Vaccination report Assam 1896-1927 - 1896-1927
Year: 1896
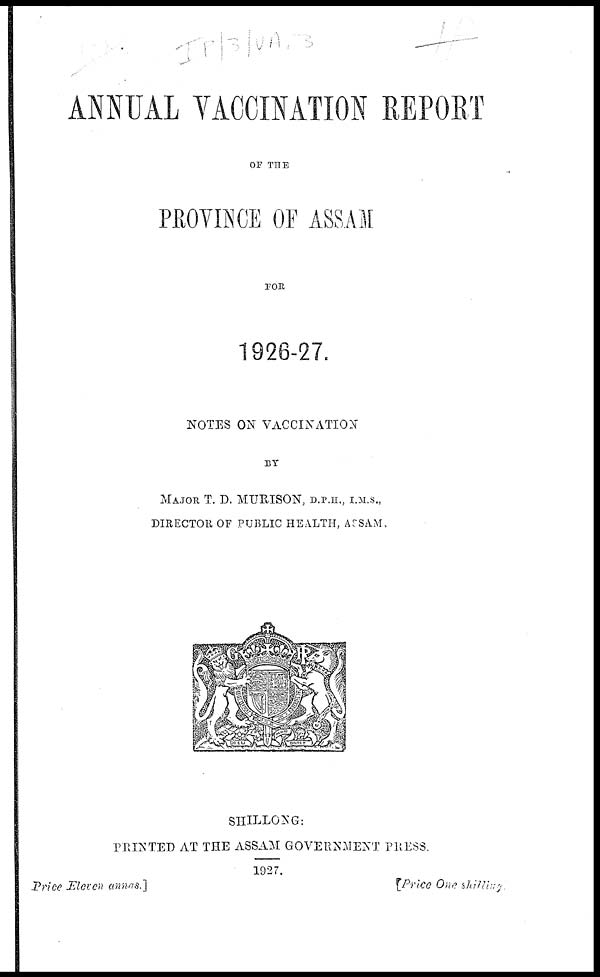
ANNUAL VACCINATION REPORT
OF THE
PROVINCE OF ASSAM
FOR
1926-27.
NOTES ON VACCINATION
BY
MAJOR T. D. MURSION, D.P.H., I.M.S.,
DIRECTOR OF PUBLIC HEALTH, ASSAM,
SHILLONG:
PRINTED AT THE ASSAM GOVERNMENT PRESS
1927.
Price Eleven annas.]
[Price One shilling